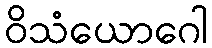
ဝိသံယောဂေါ